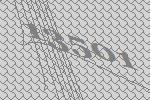
13501